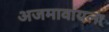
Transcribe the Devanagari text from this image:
अजमावायला